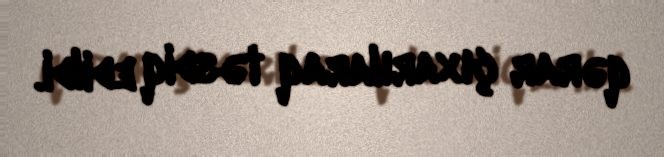
qərar çıxarılaraq təsdiq edildi.